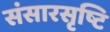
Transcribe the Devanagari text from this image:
संसारसृष्टि